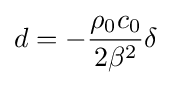
d=-{\frac {\rho _{0}c_{0}}{2\beta ^{2}}}\delta